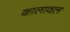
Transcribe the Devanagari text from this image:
कालावल